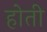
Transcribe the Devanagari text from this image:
होती